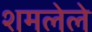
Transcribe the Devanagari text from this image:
शमलेले